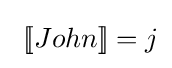
\,\,[\![John]\!]=j